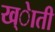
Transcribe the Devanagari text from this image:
ख्ेाती